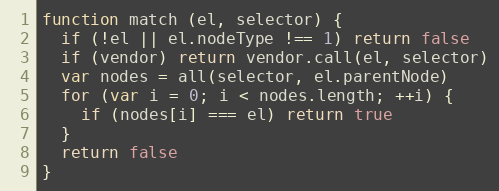
Language: JavaScript
function match (el, selector) {
  if (!el || el.nodeType !== 1) return false
  if (vendor) return vendor.call(el, selector)
  var nodes = all(selector, el.parentNode)
  for (var i = 0; i < nodes.length; ++i) {
    if (nodes[i] === el) return true
  }
  return false
}